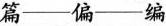
篇-偏-编